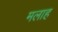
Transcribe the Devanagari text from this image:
मलाह